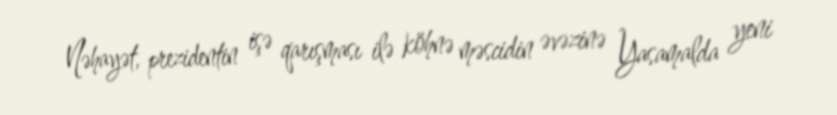
Nəhayət, prezidentin işə qarışması ilə köhnə məscidin əvəzinə Yasamalda yeni